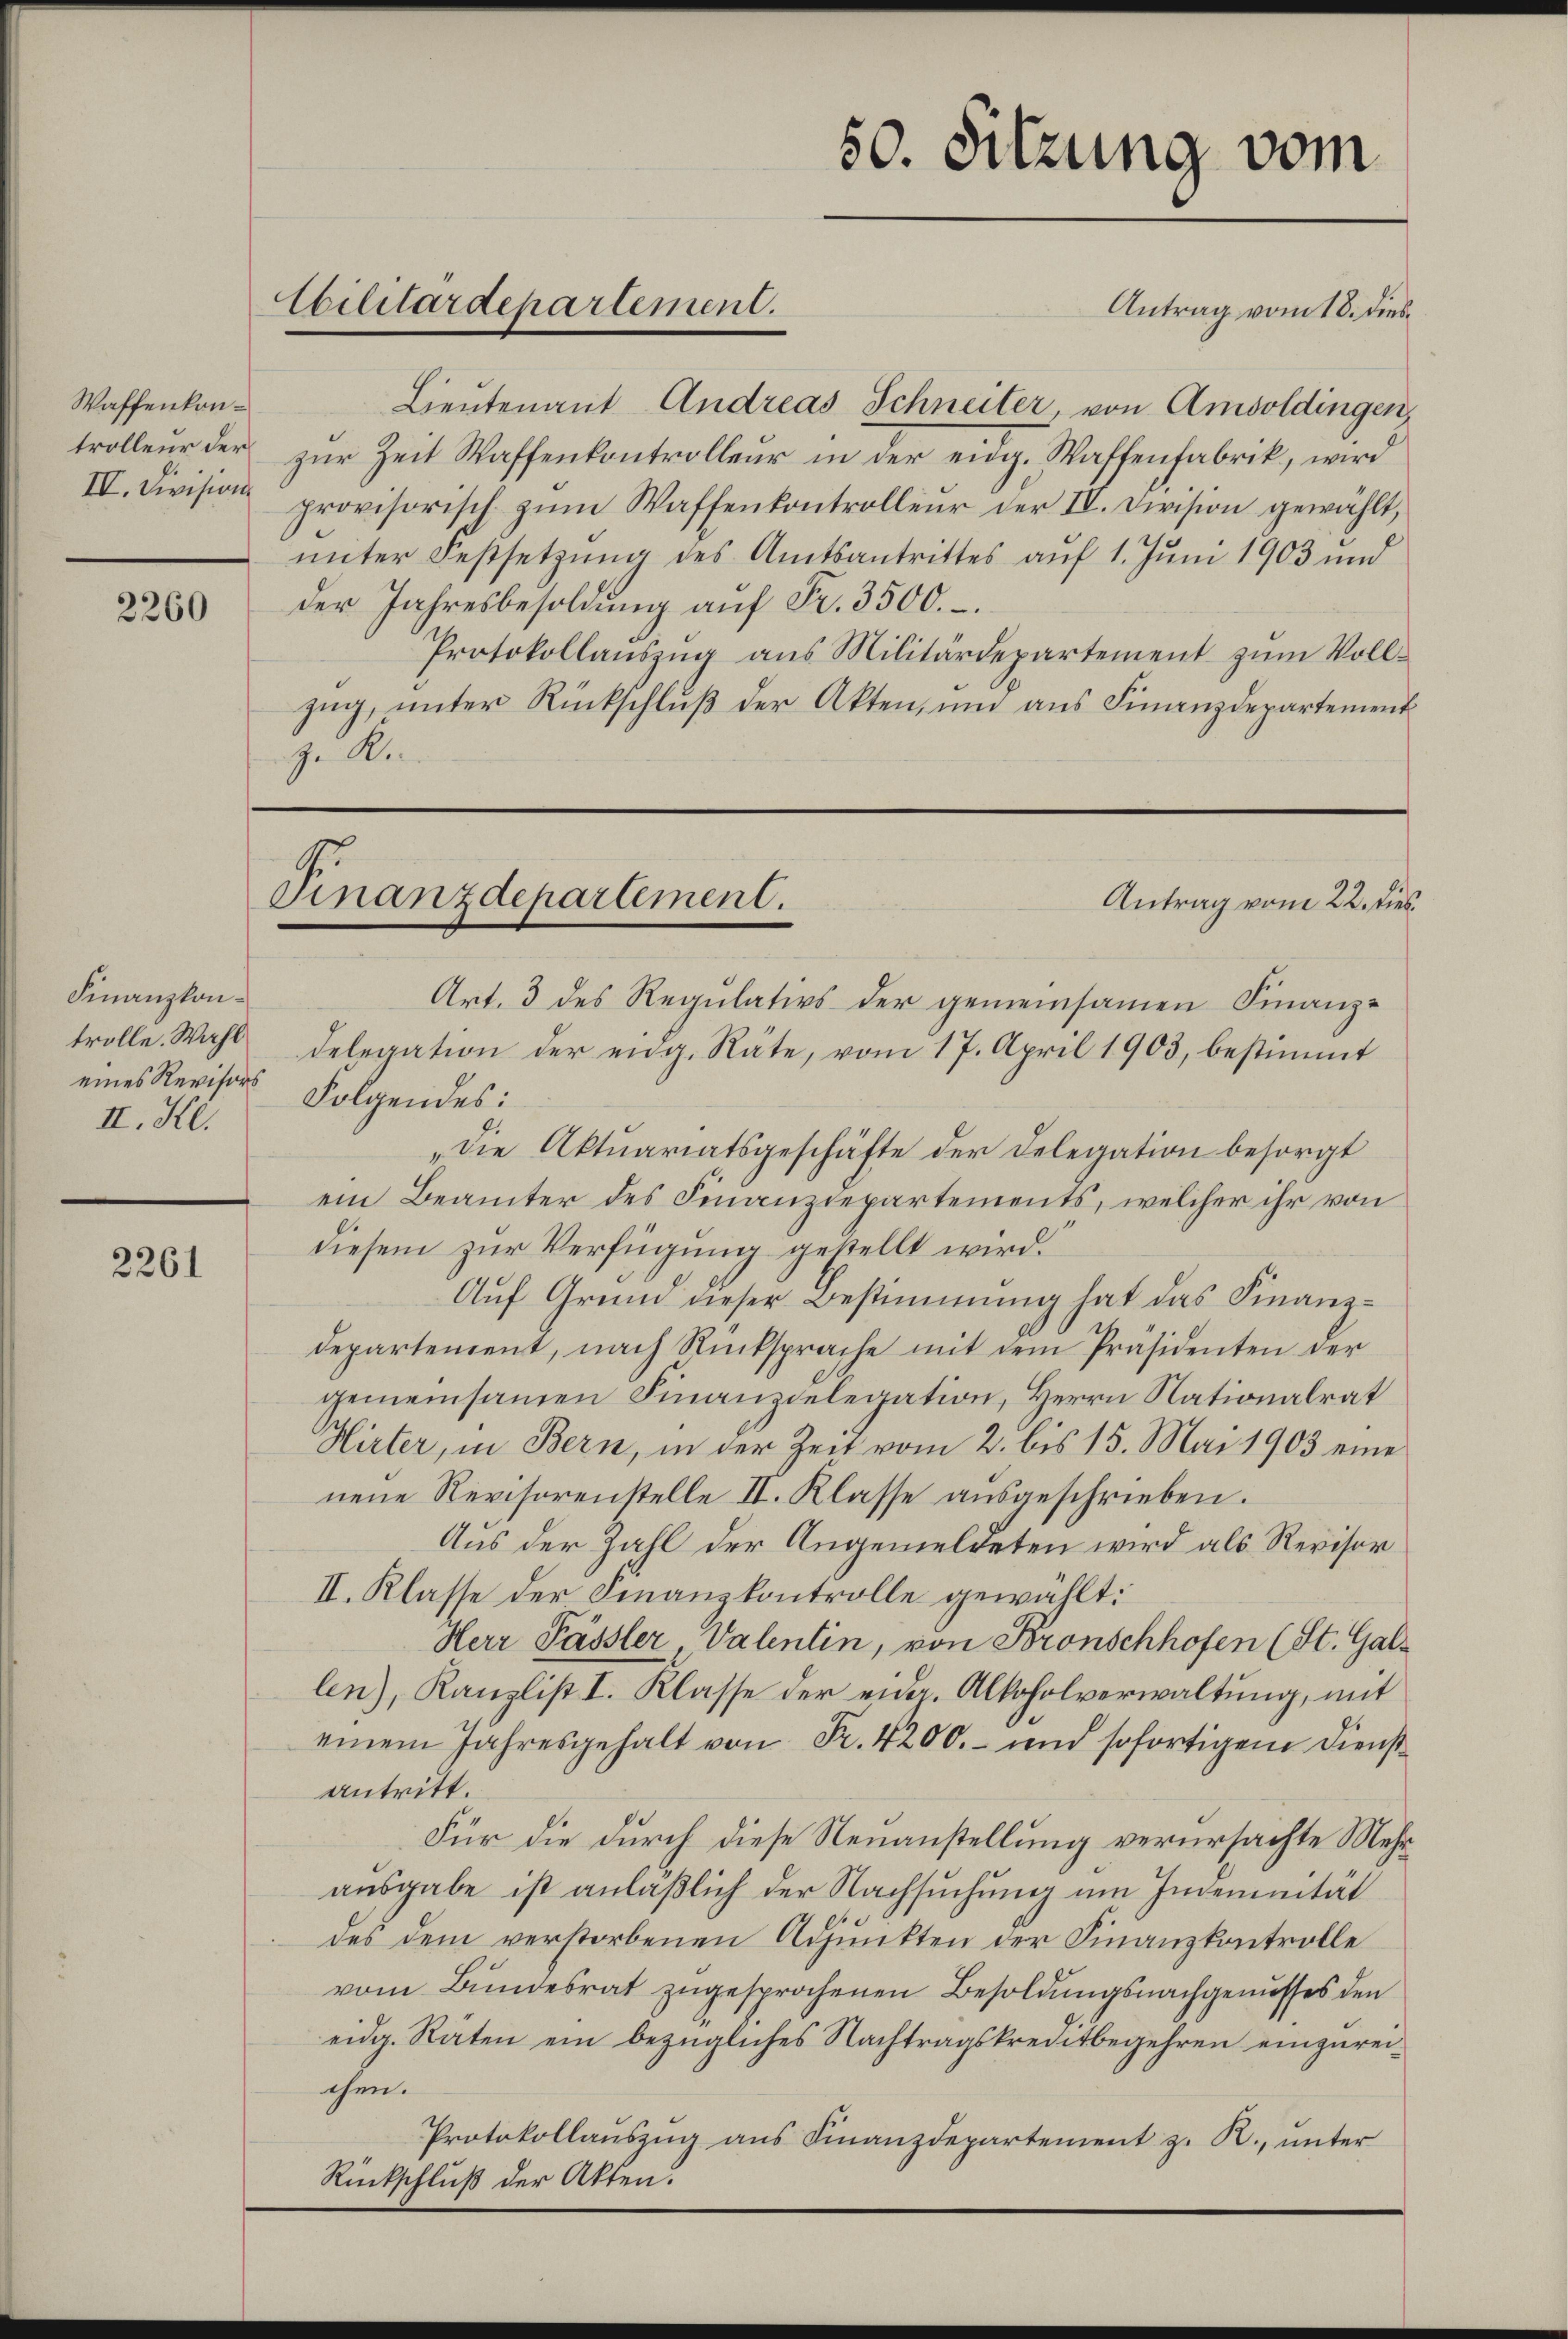
Waffenkon¬
IV. Division

2260

Finanzkontrolle. Wahl
eines Revisors
II. Kl.

2261

Lieŭtenant Andreas Schneiter, von Amsoldingen,
trollen der zŭr Zeit Waffenkontrolleŭr in der eidg. Waffenfabrik, wird
provisorisch zum Waffenkontrolleur der IV. Division gewählt,
ŭnter Festsetzŭng des Amtsantrittes aŭf 1. Jŭni 1903 und
der Jahresbesoldŭng aŭf Fr. 3500.
Protokollaŭszŭg ans Militärdepartement zŭm Voll-
zug, unter Rückschluß der Akten, und aus Finanzdepartement
zu Ki

Ebilitärdepartement.

50. Sitzung vom
Antrag vom 18. dies

Finanzdepartement.
Antrag vom 22. dies
Art. 3 des Regulativs der gemeinsamen Finanz¬

delegation der eidg. Räte, vom 17. April 1903, bestimmt
Folgendes:
„die Aktuariatsgeschäfte der Delegation besorgt
ein Beamter des Finanzdepartements, welcher ihr von
diesem zur Verfügung gestellt wird.
Auf Grund dieser Bestimmung hat das Finanzdepartement, nach Rücksprache mit dem Präsidenten der
gemeinsamen Finanzdelegation, Herrn Nationalrat
Hirter, in Bern, in der Zeit vom 2. bis 15. Mai 1903 eine
nene Revisorenstelle II. Klasse ausgeschrieben.
Aus der Zahl der Angemeldeten wird als Revisor
II. Klasse der Finanzkontrolle gewählt:
Herr Pässler, Valentin, von Bronschhofen (St. Gallen), Kanzlist I. Klasse der eidg. Alkoholverwaltung, mit
einem Jahresgehalt von Fr. 4200.- und sofortigem Dienst
antritt.
Für die durch diese Neuanstellung verursachte Mehrausgabe ist anläßlich der Nachsuchung um Indemnität
des dem verstorbenen Adjunkten der Finanzkontrolle
vom Bundesrat zugesprochenen Besoldungsnachgenusses den
eidg. Räten ein bezügliches Nachtragskreditbegehren einzureichen.
Protokollauszug aus Finanzdepartement z. R., unter
Rückschluß der Akten.